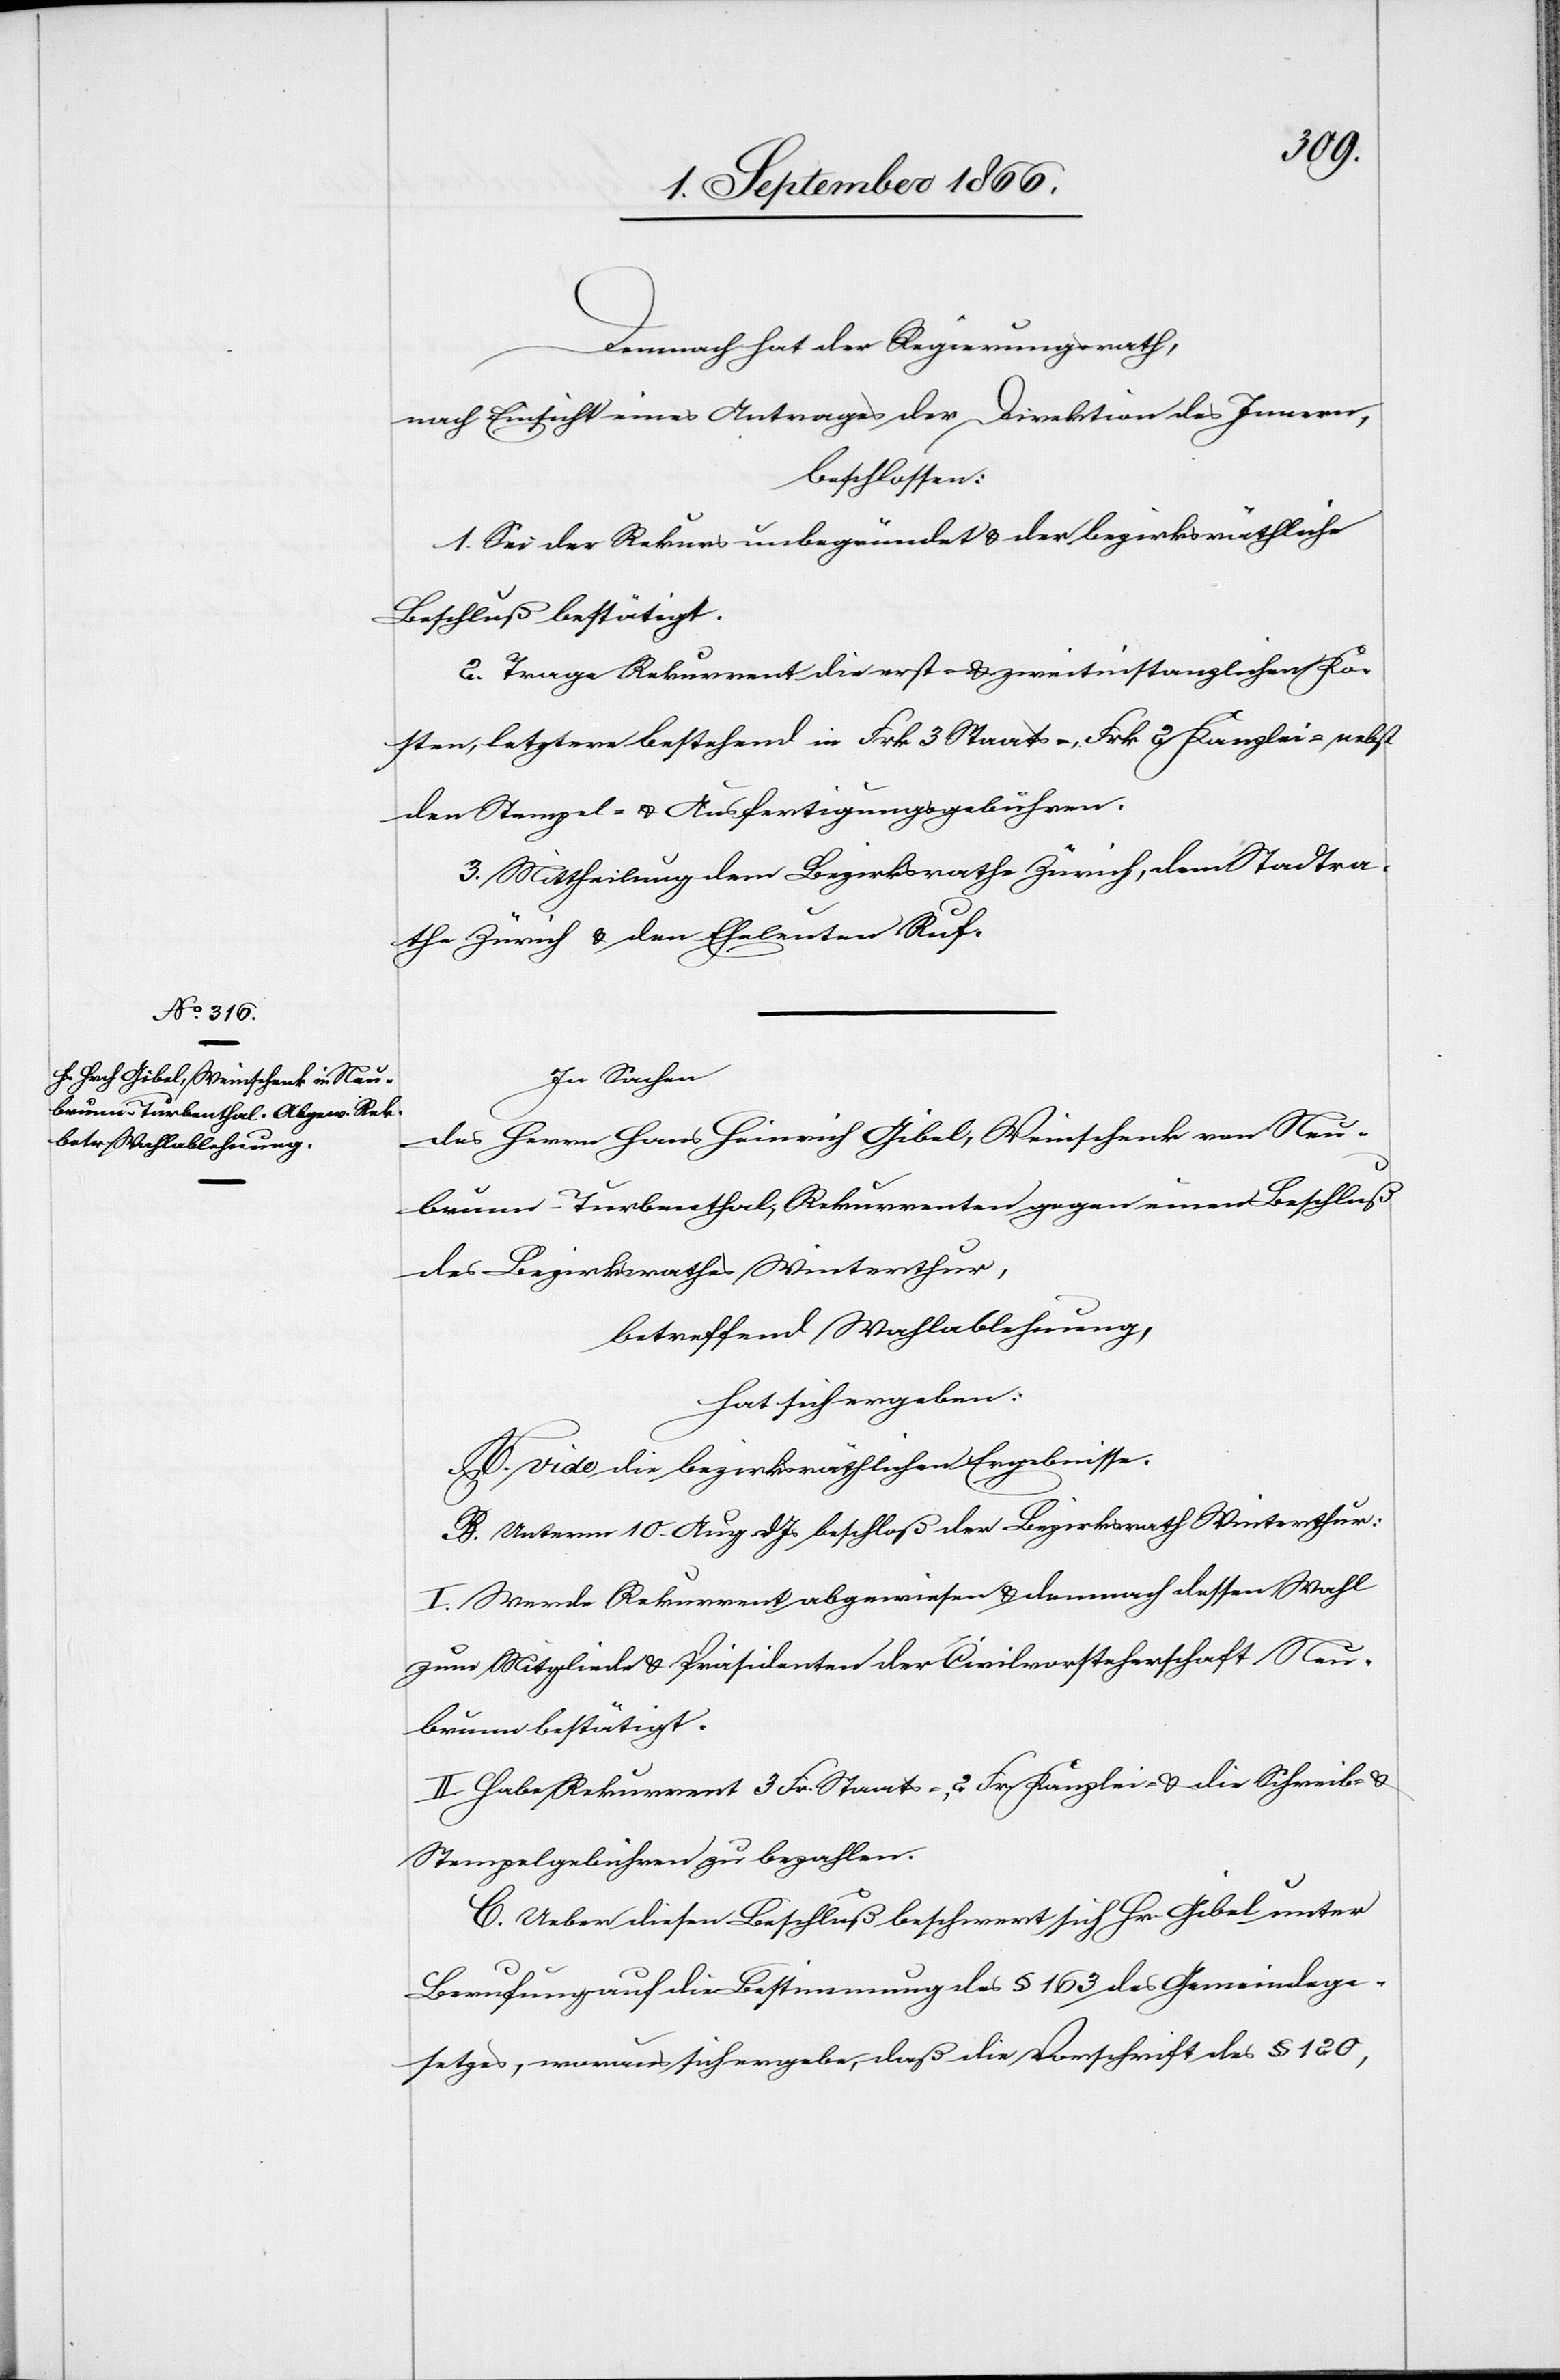
Demnach hat der Regierungsrath,
nach Einsicht eines Antrages der Direktion des Innern,
beschlossen:
1. Sei der Rekurs unbegründet u. der bezirksräthliche
Beschluß bestätigt.
2. Trage Rekurrent die erst- u. zweitinstanzlichen Ko¬
sten, letztere bestehend in Frk. 3 Staats-, Frk. 2 Kanzlei-, nebst
den Stempel- u. Ausfertigungsgebühren.
3. Mittheilung dem Bezirksrathe Zürich, dem Stadtra¬
the Zürich u. den Eheleuten Ruf.
In Sachen
des Herrn Hans Heinrich Gibel, Weinschenk von Neu¬
brunn-Turbenthal, Rekurrenten gegen einen Beschluß
des Bezirksrathes Winterthur,
betreffend Wahlablehnung,
hat sich ergeben:
A. vide die bezirksräthlichen Ergebnisse.
B. Unterm 10. Aug. dJs. beschloß der Bezirksrath Winterthur:
I. Werde Rekurrent abgewiesen u. demnach dessen Wahl
zum Mitglied u. Präsidenten der Civilvorsteherschaft Neu¬
brunn bestätigt.
II. Habe Rekurrent 3 Fr. Staats-, 2 Fr. Kanzlei- u. die Schreib- u.
Stempelgebühren zu bezahlen.
C. Ueber diesen Beschluß beschwert sich Hr. Gibel unter
Berufung auf die Bestimmung des § 163 des Gemeindege¬
setzes, woraus sich ergebe, daß die Vorschrift des § 120,